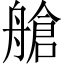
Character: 艙